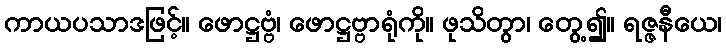
ကာယပသာဒဖြင့်။ ဖောဋ္ဌဗ္ဗံ၊ ဖောဋ္ဌဗ္ဗာရုံကို။ ဖုသိတွာ၊ တွေ့၍။ ရဇ္ဇနီယေ၊